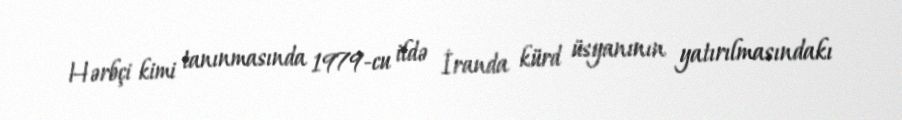
Hərbçi kimi tanınmasında 1979-cu ildə İranda kürd üsyanının yatırılmasındakı